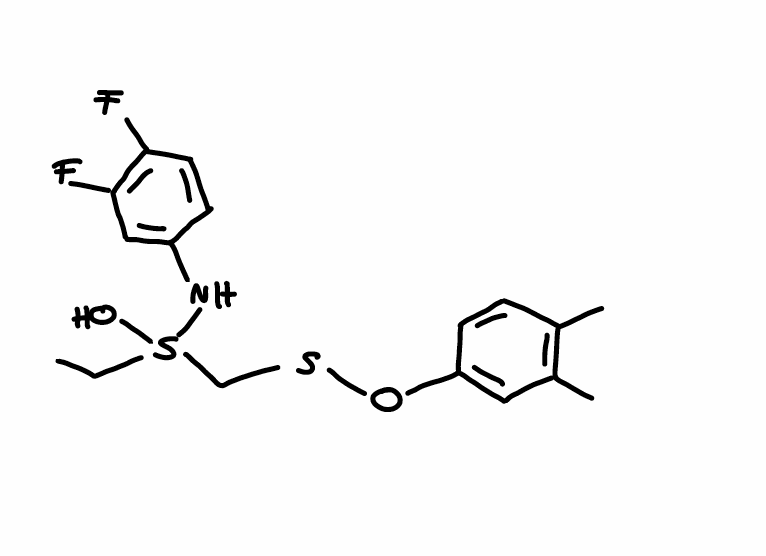
Simplified molecular-input line-entry system (SMILES) notation of the given molecule:
CCS(CSOC1=CC(=C(C=C1)C)C)(NC2=CC(=C(C=C2)F)F)O